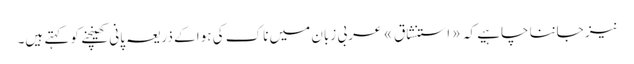
نیز جاننا چاہیے کہ «استنشاق» عربی زبان میں ناک کی ہوا کے ذریعہ پانی کھینچنے کو کہتے ہیں۔